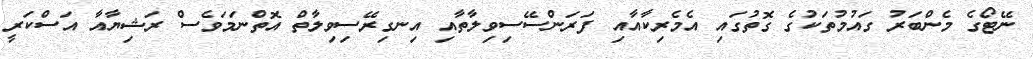
ނޭޓޯގެ މެންބަރު ގައުމުތަކުގެ ގޮތުގައި އެމެރިކާއާއި ފަރަންސޭސިވިލާތާއި އިނގިރޭސިވިލާތް އޮތްނަމަވެސް ރަޝިޔާއާ އަސްކަރީ